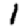
Digit: 1